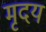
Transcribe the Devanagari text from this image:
मृदय